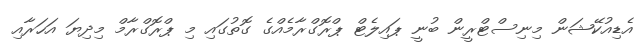
އެޑިއުކޭޝަން މިނިސްޓްރީން ބުނީ ޕައިލެޓް ޕްރޮގްރާމެއްގެ ގޮތުގައި މި ޕްރޮގްރާމް މިދިޔަ އަހަރާއި